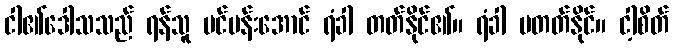
ငါ၏ဒေါသသည် ရန်သူ ပင်ပန်းအောင် ရံခါ တတ်နိုင်၏။ ရံခါ မတတ်နိုင်။ ငါ့စိတ်